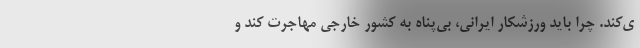
ی‌کند. چرا باید ورزشکار ایرانی، بی‌پناه به کشور خارجی مهاجرت کند و